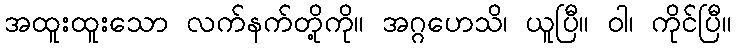
အထူးထူးသော လက်နက်တို့ကို။ အဂ္ဂဟေသိ၊ ယူပြီ။ ဝါ၊ ကိုင်ပြီ။